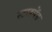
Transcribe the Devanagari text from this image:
स्टाइपेंड